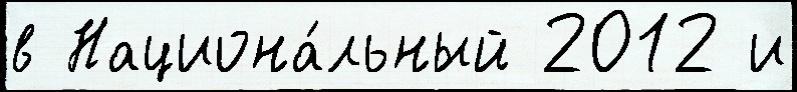
в Национа́льный 2012 и